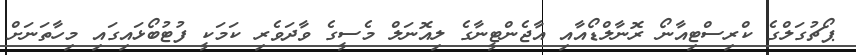
ޕޯޗުގަލްގެ ކްރިސްޓިއާނޯ ރޮނާލްޑޯއާއި އާޖެންޓީނާގެ ލިއޮނަލް މެސީގެ ވާދަވެރި ކަމަކީ ފުޓުބޯޅައިގައި މިހާތަނަށް